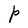
Character: P